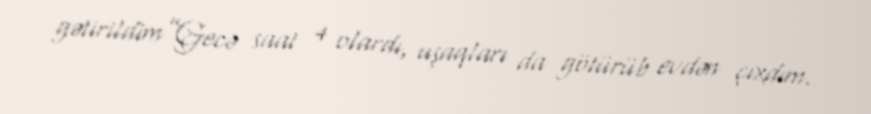
gətirildim”Gecə saat 4 olardı, uşaqları da götürüb evdən çıxdım.